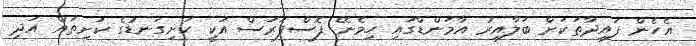
އެހެން ފައިދާތަކަށް ބަލާއިރު އާމަންޑްގައި ހިމެނޭ ފޮސްފަރަސް އަކީ ހަށިގަނޑުގެ ކަށިތައް އަދި